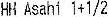
HH ASAHI 1+1/2